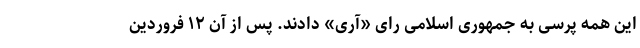
این همه پرسی به جمهوری اسلامی رای «آری» دادند. پس از آن ۱۲ فروردین